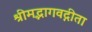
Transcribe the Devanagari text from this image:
श्रीमद्भागवद्गीता